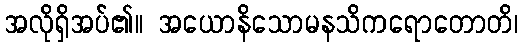
အလိုရှိအပ်၏။ အယောနိသောမနသိကရောတောတိ၊